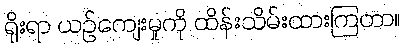
ရိုးရာ ယဉ်ကျေးမှုကို ထိန်းသိမ်းထားကြတာ။